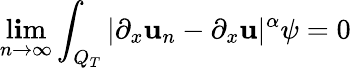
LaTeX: \operatorname*{l\mathbf{i}m}_{n\rightarrow\infty}\int_{Q_{T}}|\partial_{x}\mathbf{u}_{n}-\partial_{x}\mathbf{u}|^{\alpha}\psi=0